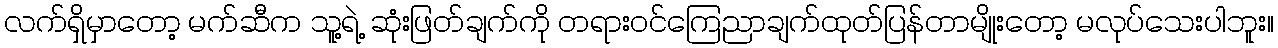
လက်ရှိမှာတော့ မက်ဆီက သူ့ရဲ့ ဆုံးဖြတ်ချက်ကို တရားဝင်ကြေညာချက်ထုတ်ပြန်တာမျိုးတော့ မလုပ်သေးပါဘူး။